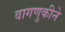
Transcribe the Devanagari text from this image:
वागणुकीने